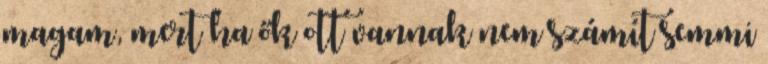
magam, mert ha ők ott vannak nem számít semmi